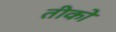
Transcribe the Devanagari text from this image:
तीको